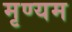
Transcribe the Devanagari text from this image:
मृण्यम